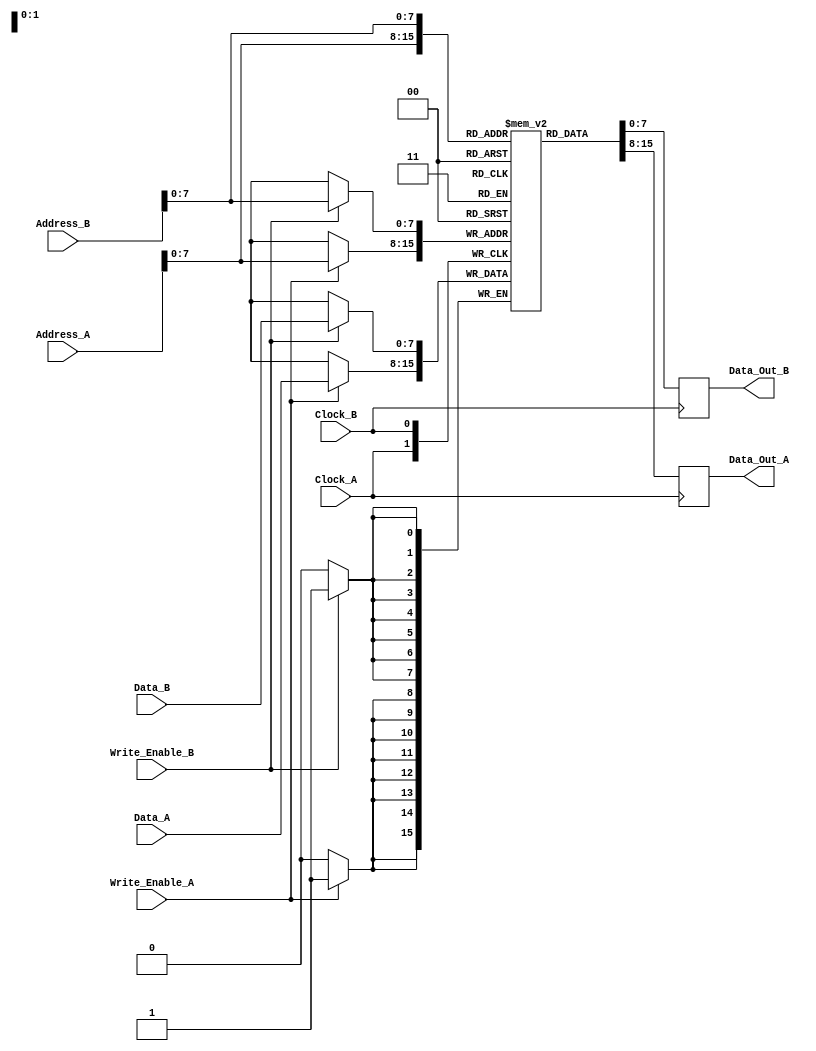
module dual_port_ram #(
    parameter N = 256, // Number of memory words
    parameter M = 8    // Width of each memory word
)(
    input  wire [(N-1):0] Address_A,     // Address input for Port A
    input  wire [(M-1):0] Data_A,        // Data input for Port A
    input  wire            Write_Enable_A, // Write enable for Port A
    input  wire            Clock_A,       // Clock for Port A
    output reg  [(M-1):0] Data_Out_A,    // Data output for Port A

    input  wire [(N-1):0] Address_B,     // Address input for Port B
    input  wire [(M-1):0] Data_B,        // Data input for Port B
    input  wire            Write_Enable_B, // Write enable for Port B
    input  wire            Clock_B,       // Clock for Port B
    output reg  [(M-1):0] Data_Out_B     // Data output for Port B
);

    // Memory array declaration
    reg [M-1:0] mem [0:N-1];

    // Port A operations
    always @(posedge Clock_A) begin
        if (Write_Enable_A) begin
            mem[Address_A] <= Data_A; // Write data to memory
        end
        Data_Out_A <= mem[Address_A]; // Read data from memory
    end

    // Port B operations
    always @(posedge Clock_B) begin
        if (Write_Enable_B) begin
            mem[Address_B] <= Data_B; // Write data to memory
        end
        Data_Out_B <= mem[Address_B]; // Read data from memory
    end

    // Optional reset functionality (if needed)
    // You can uncomment this section if you want to include a reset signal
    /*
    input wire Reset; // Asynchronous reset signal

    always @(posedge Reset) begin
        integer i;
        for (i = 0; i < N; i = i + 1) begin
            mem[i] <= 0; // Initialize memory to zero
        end
    end
    */

endmodule